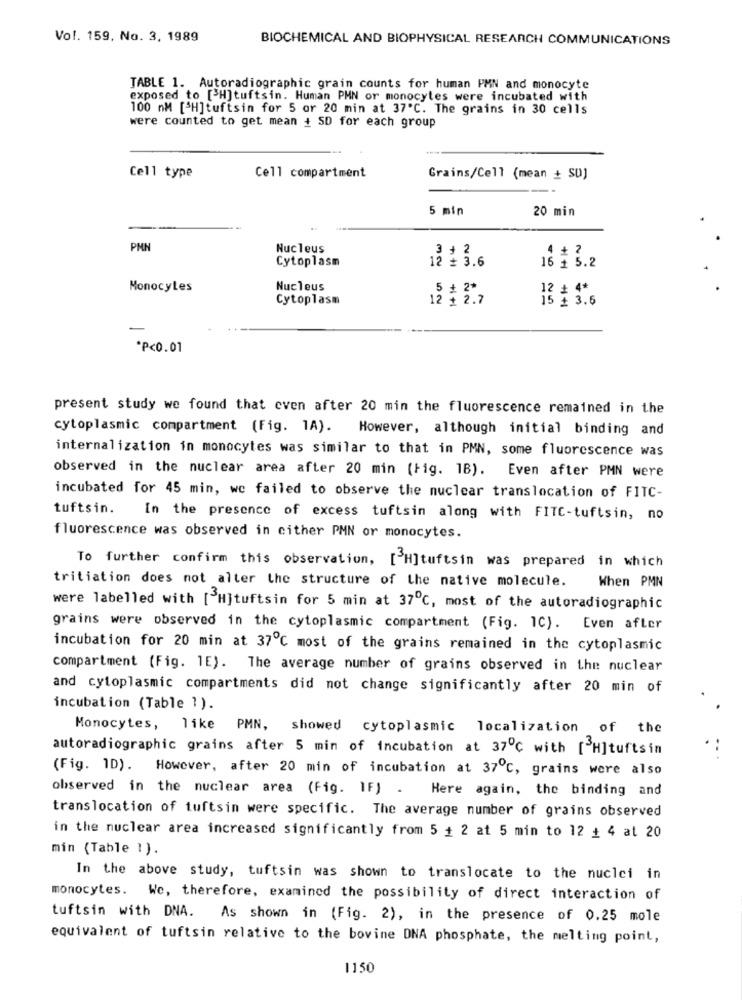
Vol. 159, No. 3, 1989
BIOCHEMICAL AND BIOPHYSICAL RESEARCH COMMUNICATIONS
TABLE 1. Autoradiographic grain counts for human PMN and monocyte
exposed to [3H]tuftsin. Human PHN or monocytes were incubated with
100 nM [ H]tuftsin for 5 or 20 min at 37'℃. The grains in 30 cells
were counted to get mean + SD for each group
Cell type
Cell compartment
Grains/Cell (mean + SD)
5 min
20 min
PMI
Nucleus
3 + 2
Cytoplasm
12 # 3.6
16 £ 5.2
MonocyLes
Nucleus
5 + ?*
12 * **
Cytoplasm
12 $ 2.7
3.6
*P<0.01
present study we found that even after 20 min the fluorescence remained in the
cytoplasmic compartment (Fig. 1A). However, although initial binding and
internalization in monocytes was similar to that in PMN, some fluorescence was
observed in the nuclear area after 20 min (Fig. 1B). Even after PMN were
incubated for 45 min, wc failed to observe the nuclear translocation of FITC-
tuftsin. In the presence of excess tuftsin along with FITC-tuftsin, no
fluorescence was observed in cither PMN or monocytes.
To further confirm this observation, [ H]tuftsin was prepared in which
tritiation does not alter the structure of the native molecule.
When PMN
were labelled with [ H]tuftsin for 5 min at 37℃, most of the autoradiographic
grains were observed in the cytoplasmic compartment (Fig. 1C). Even after
incubation for 20 min at 37℃ most of the grains remained in the cytoplasmic
compartment (Fig. 1E). The average number of grains observed in the nuclear
and cytoplasmic compartments did not change significantly after 20 min of
incubation (Table 1 ).
Monocytes, like PMN, showed cytoplasmic localization of the
autoradiographic grains after 5 min of incubation at 37℃ with [ H]tuftsin
(Fig. 1D). However, after 20 min of incubation at 37℃, grains were also
observed in the nuclear area (Fig. IF) . Here again, the binding and
translocation of tuftsin were specific. The average number of grains observed
in the nuclear area increased significantly from 5 + 2 at 5 min to 12 + 4 at 20
min (Table 1).
In the above study, tuftsin was shown to translocate to the nuclei in
monocytes. We, therefore, examined the possibility of direct interaction of
tuftsin with DNA. As shown in (Fig. 2), in the presence of 0.25 mole
equivalent of tuftsin relative to the bovine DNA phosphate, the melting point,
1150